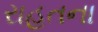
રાહતના